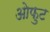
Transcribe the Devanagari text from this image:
ओफुट